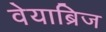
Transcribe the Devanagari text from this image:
वेयाब्रिज